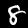
Label: 8